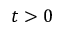
t > 0